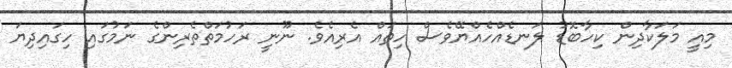
މިއީ މަލަކާދިން ކިހާބޮޑު ލަނޑެއްހެއްޔޭވެސް ހިތައް އެރިއެވެ. ނޫނީ ރަހުމަތްތެރިންގެ ނަމުގައި ހިގައިދިޔަ